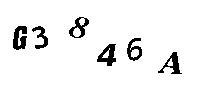
G3846A